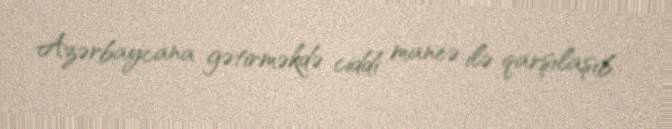
Azərbaycana gətirməkdə ciddi maneə ilə qarşılaşıb.